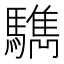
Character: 𩦩